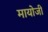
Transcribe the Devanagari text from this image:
मायोजी